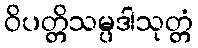
ဝိပတ္တိသမ္ပဒါသုတ္တံ